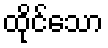
ထိုင်သော